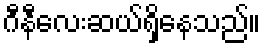
ဂီနီလေးဆယ်ရှိနေသည်။